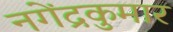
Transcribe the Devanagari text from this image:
नगेंद्रकुमार